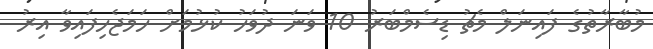
މުބާރާތުގެ ފައިނަލް މެޗު ޑިސެމްބަރު 10 ވަނަ ދުވަހު ކުޅުމަށް ހަމަޖެހިފައިވާ އިރު